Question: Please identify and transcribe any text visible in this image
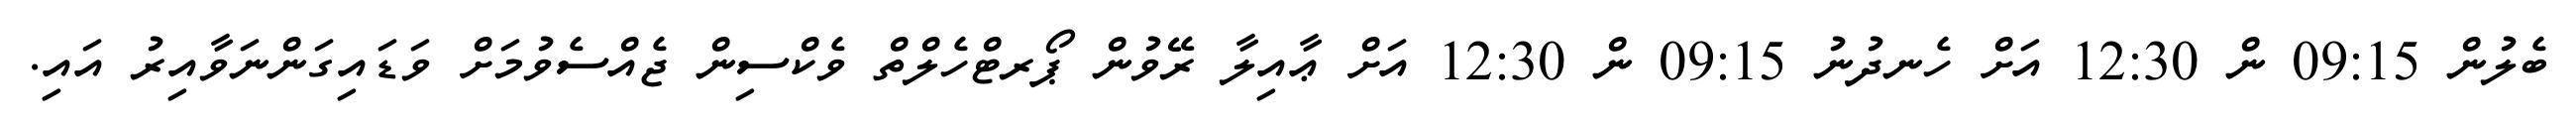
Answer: ބެލުން 09:15 ން 12:30 އަށް ހެނދުނު 09:15 ން 12:30 އަށް ޢާއިލާ ރޭވުން ޕޯރޓްހެލްތް ވެކްސިން ޖެއްސެވުމަށް ވަޑައިގަންނަވާއިރު އައި.